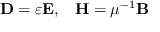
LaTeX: \mathbf { D } = \varepsilon \mathbf { E } , \; \; \; \mathbf { H } = \mu ^ { - 1 } \mathbf { B }